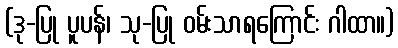
(ဒု-ပြု ပူပန်၊ သု-ပြု ဝမ်းသာရကြောင်း ဂါထာ။)